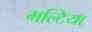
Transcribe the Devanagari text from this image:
मल्टिया